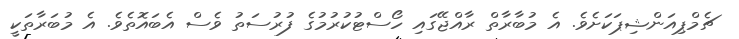
ޗެމްޕިއަންޝިޕަކަށެވެ. އެ މުބާރާތް ރާއްޖޭގައި ހޯސްޓުކުރުމުގެ ފުރުސަތު ވެސް އެބައޮތެވެ. އެ މުބަރާތަކީ